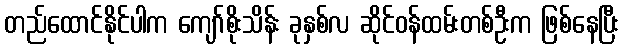
တည်ထောင်နိုင်ပါက ကျော်စိုးသိန်း ခုနှစ်လ ဆိုင်ဝန်ထမ်းတစ်ဦးက ဖြစ်နေပြီး